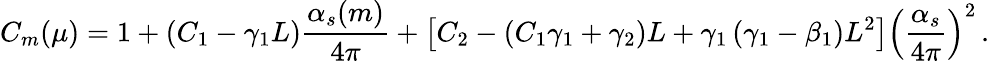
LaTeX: C_{m}(\mu)=1+\left(C_{1}-\gamma_{1}L\right)\frac{\alpha_{s}(m)}{4\pi}+\left[C_{2}-\left(C_{1}\gamma_{1}+\gamma_{2}\right)L+\gamma_{1}\left(\gamma_{1}-\beta_{1}\right)L^{2}\right]\left(\frac{\alpha_{s}}{4\pi}\right)^{2}\, .